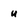
Character: u